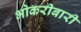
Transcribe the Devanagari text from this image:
भोकरीबारी